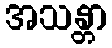
အသန္တာ